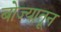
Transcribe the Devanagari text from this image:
बोज्यातून